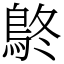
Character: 鴤